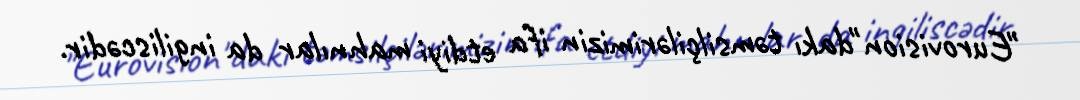
"Eurovision"dakı təmsilçilərimizin ifa etdiyi mahnılar da ingiliscədir.